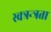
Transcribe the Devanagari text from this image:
स्वत्रन्त्रता